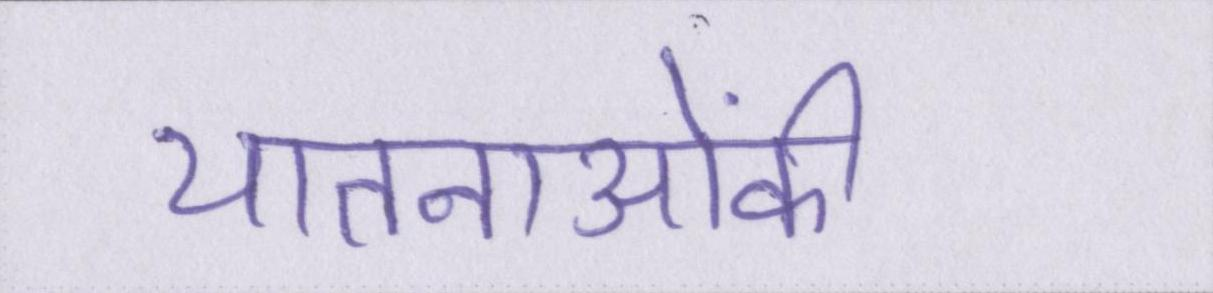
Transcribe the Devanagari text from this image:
यातनाओंकी